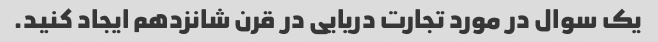
یک سوال در مورد تجارت دریایی در قرن شانزدهم ایجاد کنید.